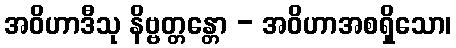
အဝိဟာဒီသု နိဗ္ဗတ္တန္တော - အဝိဟာအစရှိသော၊